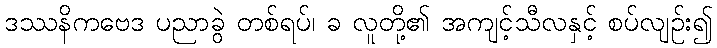
ဒဿနိကဗေဒ ပညာခွဲ တစ်ရပ်၊ ခ လူတို့၏ အကျင့်သီလနှင့် စပ်လျဉ်း၍